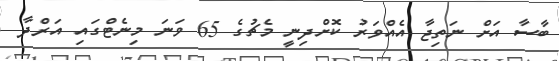
ބާސާ އަށް ނަތިޖާ އެއްވަރު ކޮށްދިނީ މެޗުގެ 65 ވަނަ މިނެޓްގައި އަރްދާ